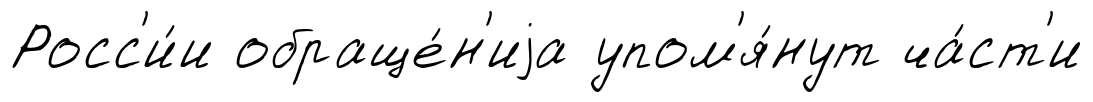
Росс'и́и обраще́н'иjа упом'я́нут ча́ст'и